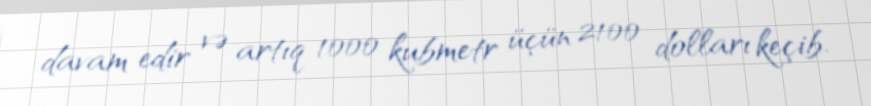
davam edir və artıq 1000 kubmetr üçün 2100 dolları keçib.